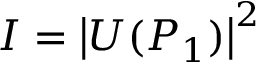
I = \left| U ( P _ { 1 } ) \right| ^ { 2 }